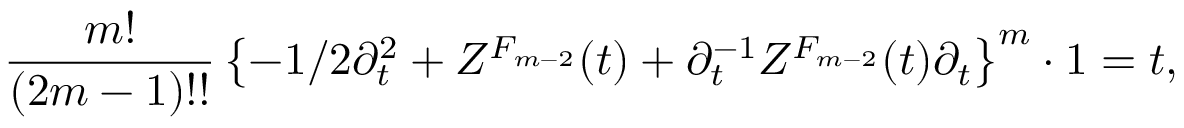
{ \frac { m ! } { ( 2 m - 1 ) ! ! } } \left\{ - 1 / 2 \partial _ { t } ^ { 2 } + { \cal Z } ^ { F _ { m - 2 } } ( t ) + \partial _ { t } ^ { - 1 } { \cal Z } ^ { F _ { m - 2 } } ( t ) \partial _ { t } \right\} ^ { m } \cdot 1 = t ,